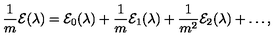
\frac { 1 } { m } { \cal E } ( \lambda ) = { \cal E } _ { 0 } ( \lambda ) + \frac { 1 } { m } { \cal E } _ { 1 } ( \lambda ) + \frac { 1 } { m ^ { 2 } } { \cal E } _ { 2 } ( \lambda ) + \ldots ,